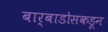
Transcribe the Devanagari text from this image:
बार्बाडोसकडून